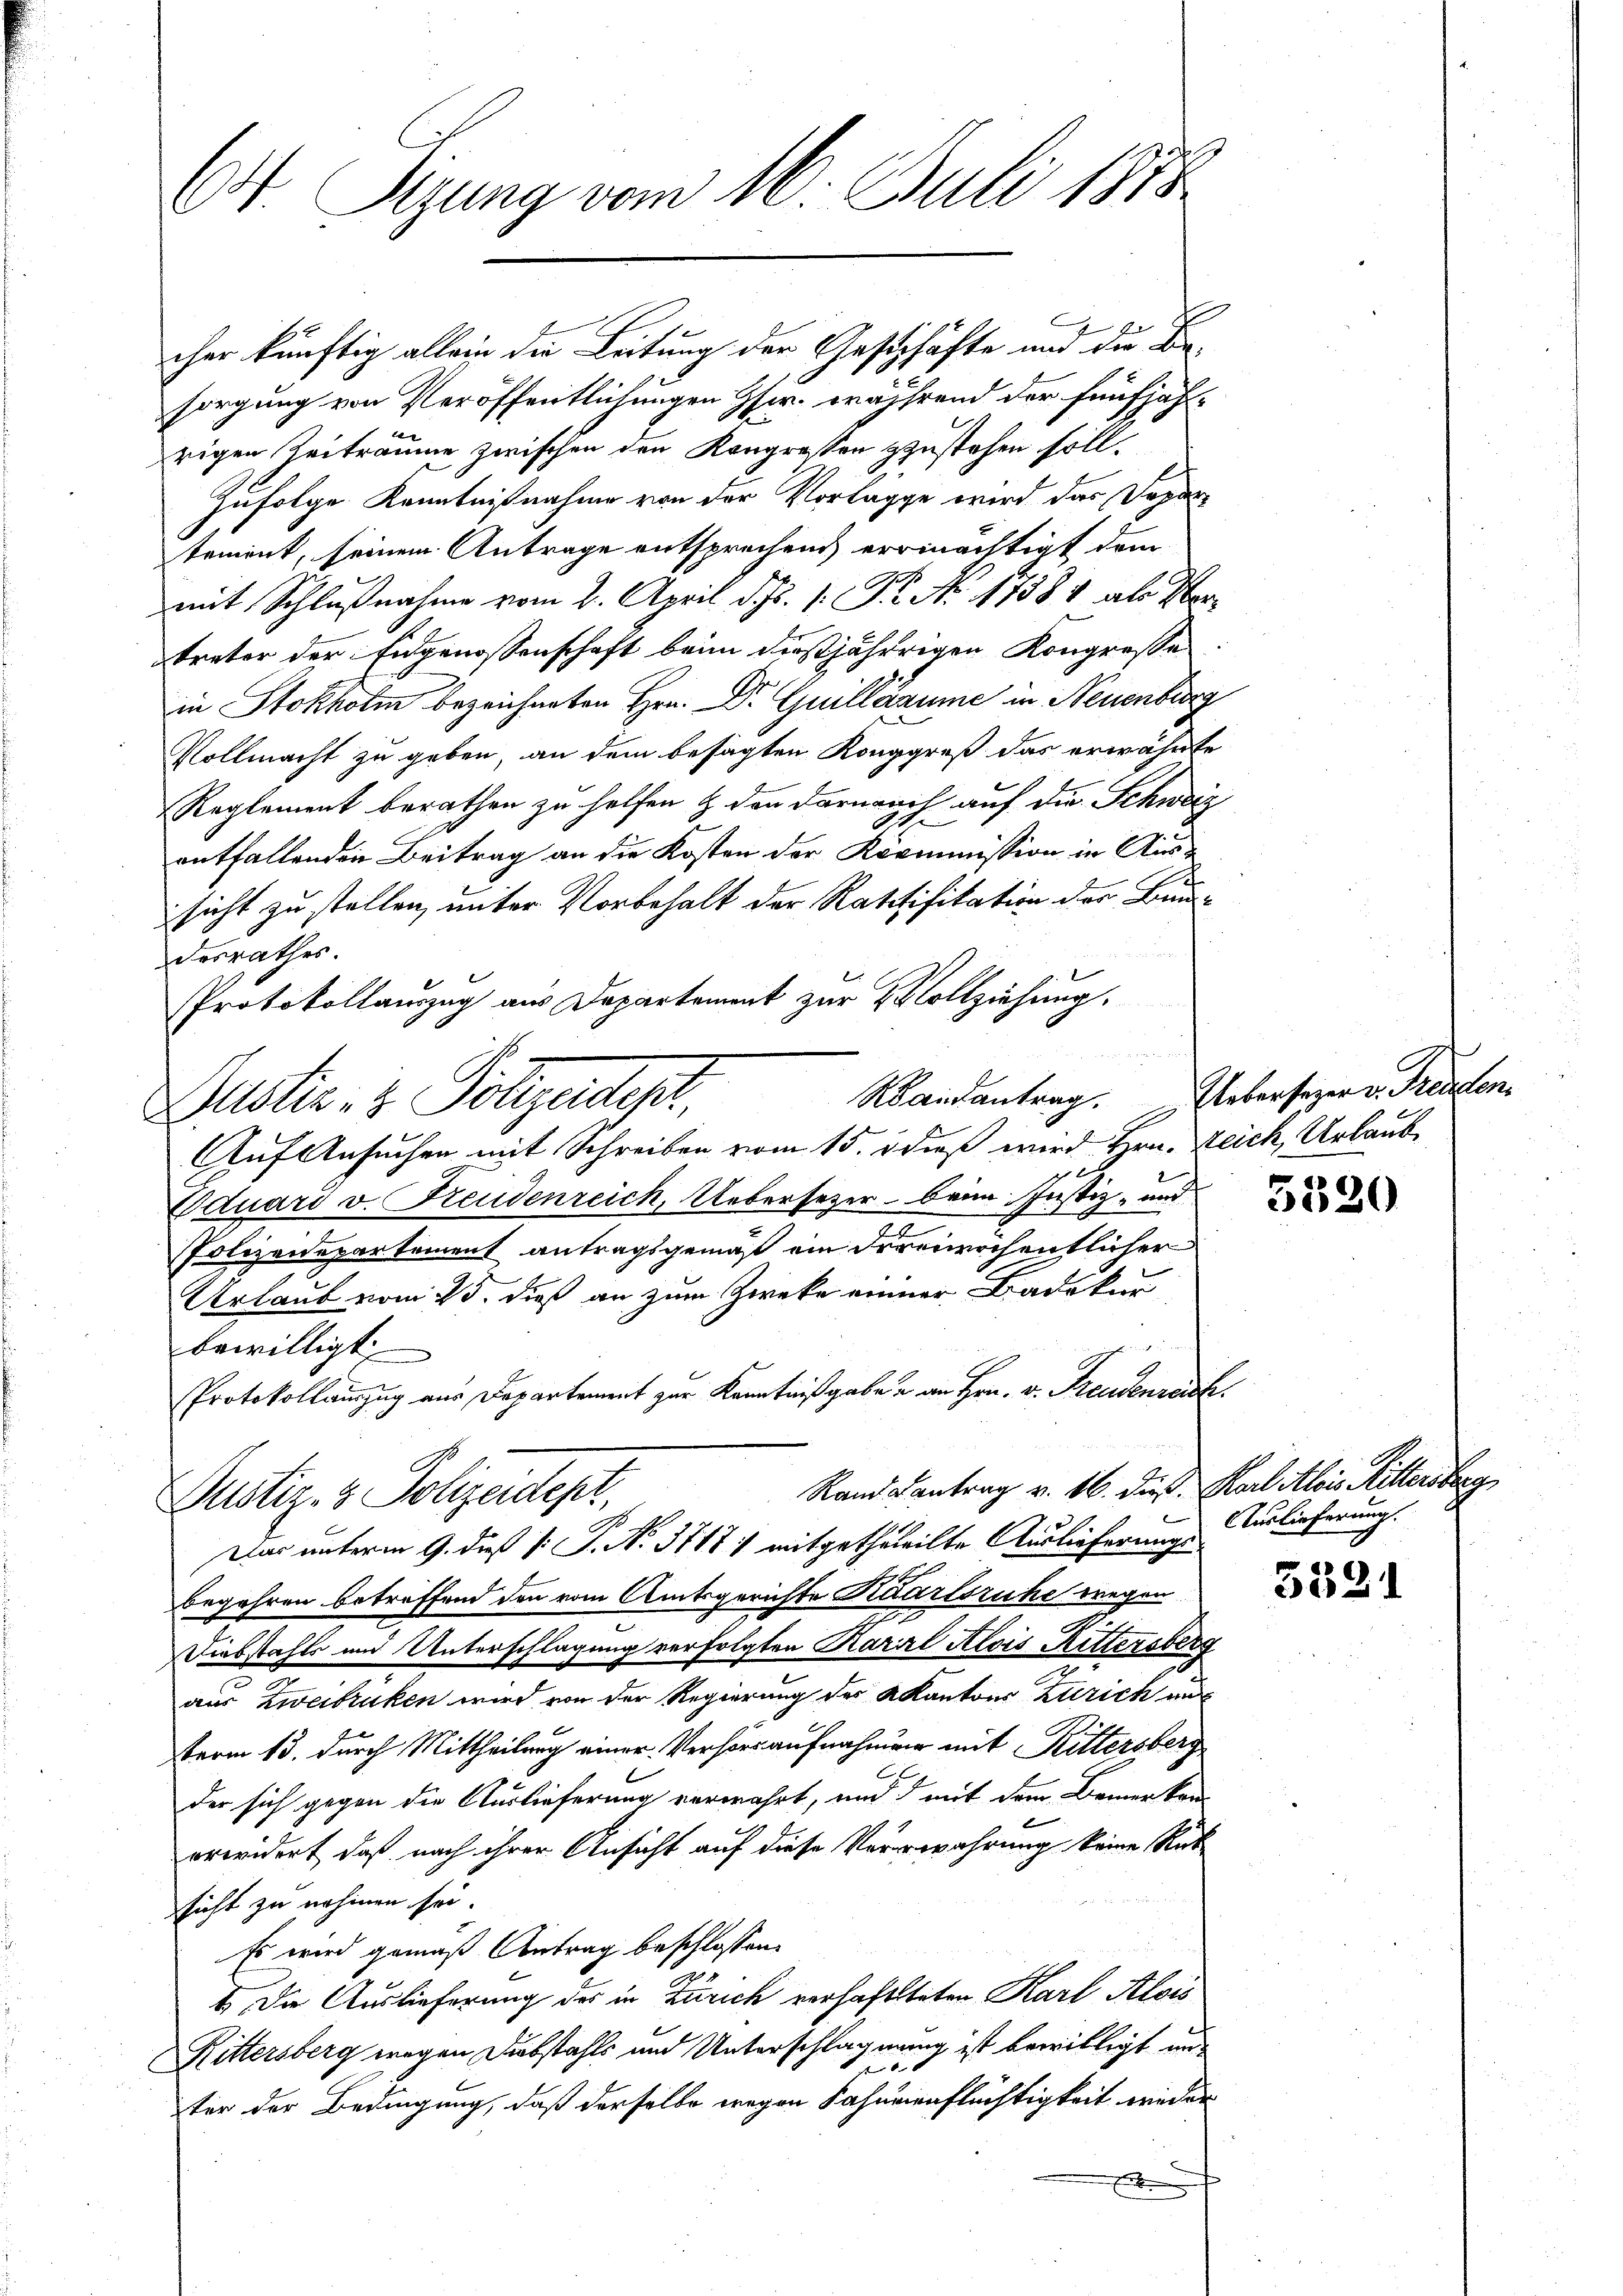
C

Dr. Sizung vom 16. Juli 1858.

¬
cher künftig allein die Leitung der Geschäfte und die Besorgung von Veröffentlichungen Hr. während der fünfjährigen Zeiträume zwischen den Kongressen zustehen soll.
zufolge Kenntnißnahme von der Vorlagge wird das Departement, seinem Antrage entsprechend errinächtigt dem
mit Schlußnahme vom 2. April d. Js. 1. P. No 11384 als Vertreter der Eidgenossenschaft beim dießjährigen Kongresse
in Stokholm bezeichneten Hrn. Dr Guillanume in Neuenburg
Vollmacht zu geben, an dem besagten Konggreß das erwähnte
Reglement berathen zu helfen & den Darnach auf die Schweiz
entfallenden Beitrag an die Kosten der Kommission in Aussicht zu stellen, unter Vorbehalt der Ratifikation der Bundesrathes.
Protokollauszug aus Departement zur Vollziehung.
un
Randantrag.
Justiz- & Polizeidest,
Auf Ansuchen mit Schreiben vom 15. dieß wird Hrn. Zeich, Urlaube
Eduard v. Freudenreich, Uebersezer beim Justiz- und
Polizeidepartement antragsgemäß ein freiwöchentlicher
Urlaub vom 25. dieß an zum Zwecke einer Badekur
bewilligt
Protokollauszug aus Departement zur Kenntnißgabe u. an Hrn. v. Freudenrech
Rand antrag v. 16. dieß Karl Alois Rittersberg
Justiz- & Polizeidept,
Das unterm 9. dieß (: P. No. 3717: mitgetheilte Auslieferungs-
begehren betreffend den vom Amtsgerichte Kaarlsruhe wegen
Diebstahls und Unterschlagung verfolgten Karl Alois Rittersberg
aus Zweibruken wird von der Regierung der Akantons Zürich auf
term 13. durch Mittheilung einer Verhörsaufnahmen mit Rittersberg
.
der sich gegen die Auslieferung verwahrt, und d mit dem Bemerken-
erwidert, daß nach ihrer Ansicht auf diese Vererwahrung keine Rat
sicht zu nehmen sei.
Es wird gemäß Antrag beschlossen:
1. Die Auslieferung des in Zürich verhaftsteten Karl Alois
Rittersberg wegen Diebstahls und Unterschlagnung ist bewilligt une
ter der Bedingung, daß derselbe wegen Fahnenflüchtigkeit wieder

Ueberseer v. Freuden.

5520

Auslieferung.

5391